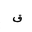
Letter: _qaf